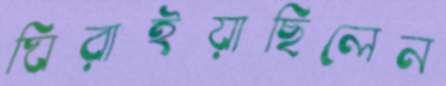
ঘিরাইয়াছিলেন